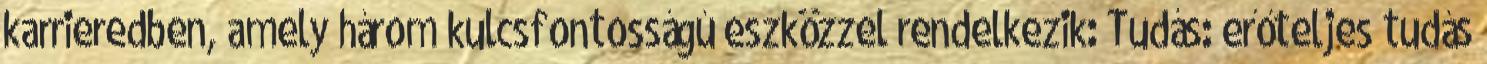
karrieredben, amely három kulcsfontosságú eszközzel rendelkezik: Tudás: erőteljes tudás